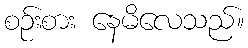
စဉ်းစား နေမိလေသည်။